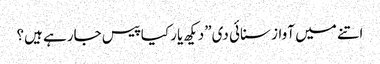
اتنے میں آواز سنائی دی”دیکھ یار کیا پیس جارہے ہیں؟